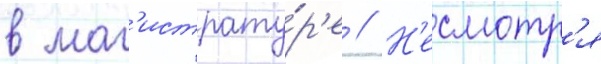
в маг'истрату́р'е // Н'есмотр'я